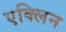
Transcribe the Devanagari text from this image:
एक्लिन